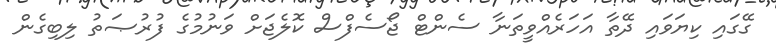
ގޭގައި ކިޔަވައި ދޭތާ އަހަރެއްވީތަނާ ސެންޓް ޖޯސެފްސް ކޮލެޖަށް ވަނުމުގެ ފުރުޞަތު ލިބިގެން